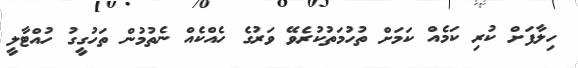
ހިލާފަށް ކުރި ކަމެއް ކަމަށް ތުހުމަތުކުރެވޭ ވަރުގެ ހެއްކެއް ނެތުމުން ތަހުގީގު ހުއްޓާލީ